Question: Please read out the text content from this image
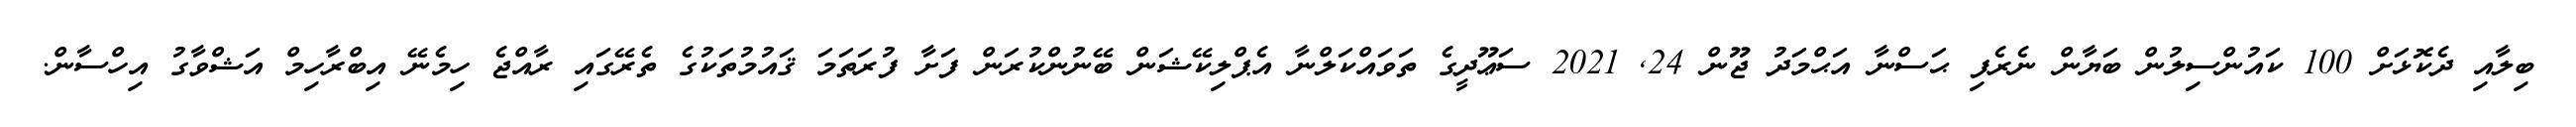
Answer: ބިލާއި ދެކޮޅަށް 100 ކައުންސިލުން ބަޔާން ނެރެފި ޙަސްނާ އަޙްމަދު ޖޫން 24, 2021 ސަޢޫދީގެ ތަވައްކަލްނާ އެޕްލިކޭޝަން ބޭނުންކުރަން ފަށާ ފުރަތަމަ ޤައުމުތަކުގެ ތެރޭގައި ރާއްޖެ ހިމެނޭ އިބްރާހިމް އަޝްވާގު އިހްސާން.